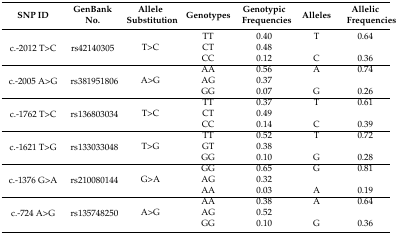
<table><thead><tr><td><b>SNP ID</b></td><td><b>GenBank No.</b></td><td><b>Allele Substitution</b></td><td><b>Genotypes</b></td><td><b>Genotypic Frequencies</b></td><td><b>Alleles</b></td><td><b>Allelic Frequencies</b></td></tr></thead><tbody><tr><td rowspan="3">c.-2012 T&gt;C</td><td rowspan="3">rs42140305</td><td></td><td>TT</td><td>0.40</td><td>T</td><td>0.64</td></tr><tr><td>T&gt;C</td><td>CT</td><td>0.48</td><td></td><td></td></tr><tr><td></td><td>CC</td><td>0.12</td><td>C</td><td>0.36</td></tr><tr><td rowspan="3">c.-2005 A&gt;G</td><td rowspan="3">rs381951806</td><td></td><td>AA</td><td>0.56</td><td>A</td><td>0.74</td></tr><tr><td>A&gt;G</td><td>AG</td><td>0.37</td><td></td><td></td></tr><tr><td></td><td>GG</td><td>0.07</td><td>G</td><td>0.26</td></tr><tr><td rowspan="3">c.-1762 T&gt;C</td><td rowspan="3">rs136803034</td><td></td><td>TT</td><td>0.37</td><td>T</td><td>0.61</td></tr><tr><td>T&gt;C</td><td>CT</td><td>0.49</td><td></td><td></td></tr><tr><td></td><td>CC</td><td>0.14</td><td>C</td><td>0.39</td></tr><tr><td rowspan="3">c.-1621 T&gt;G</td><td rowspan="3">rs133033048</td><td></td><td>TT</td><td>0.52</td><td>T</td><td>0.72</td></tr><tr><td>T&gt;G</td><td>GT</td><td>0.38</td><td></td><td></td></tr><tr><td></td><td>GG</td><td>0.10</td><td>G</td><td>0.28</td></tr><tr><td rowspan="3">c.-1376 G&gt;A</td><td rowspan="3">rs210080144</td><td></td><td>GG</td><td>0.65</td><td>G</td><td>0.81</td></tr><tr><td>G&gt;A</td><td>AG</td><td>0.32</td><td></td><td></td></tr><tr><td></td><td>AA</td><td>0.03</td><td>A</td><td>0.19</td></tr><tr><td rowspan="3">c.-724 A&gt;G</td><td rowspan="3">rs135748250</td><td></td><td>AA</td><td>0.38</td><td>A</td><td>0.64</td></tr><tr><td>A&gt;G</td><td>AG</td><td>0.52</td><td></td><td></td></tr><tr><td></td><td>GG</td><td>0.10</td><td>G</td><td>0.36</td></tr></tbody></table>